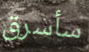
سأسرق